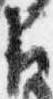
臣